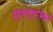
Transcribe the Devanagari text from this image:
सरदारमल